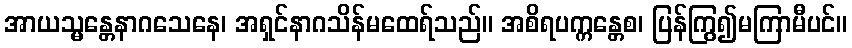
အာယသ္မန္တေနာဂသေနေ၊ အရှင်နာဂသိန်မထေရ်သည်။ အစိရပက္ကန္တေစ၊ ပြန်ကြွ၍မကြာမီပင်။